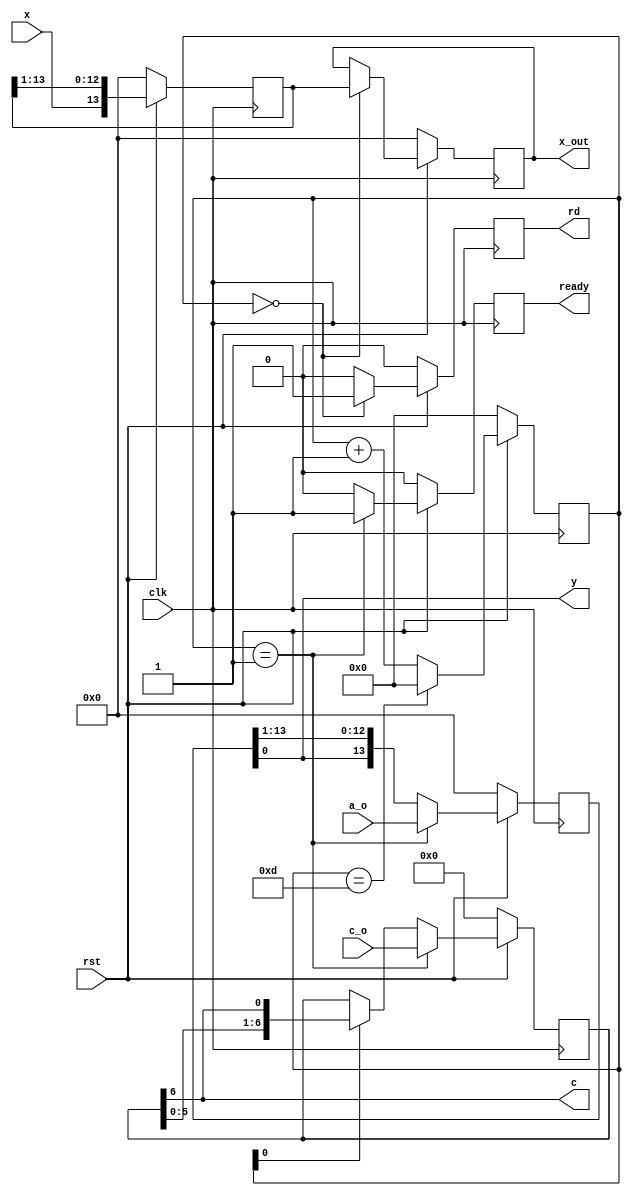
`timescale 1ns / 1ps

module v_con(
    input clk,
	 input rst,
	 input x,
	 input[13:0] a_o,
	 input[6:0] c_o,
	 output y,
	 output c,
	 output [13:0] x_out,
	 output reg rd,
	 output reg ready
    );
reg [13:0] x_t;
reg [13:0] x_t1;
reg [3:0] cnt;
reg [13:0] a_out1;
reg [6:0] c_t;

assign x_out = x_t;

always @(posedge clk) 
begin
  if(!rst) 
	begin //
		x_t <= 0;
		x_t1 <= 0;
		cnt <= 0;
	end
  else 
	begin
	   if(cnt == 4'b1101)
			cnt <= 4'b0000;
		else
		   cnt <= cnt +1;
		x_t1 <= {x,x_t1[13:1]};
		if(cnt == 4'b0000) 
		begin
			x_t <= x_t1;
		end
		else
		   x_t <= x_t;
	end	
end

always @(posedge clk) 
begin
   if(!rst) 
	begin
	  ready <= 0;
	  a_out1 <= 0;
	  c_t <= 0;
	  rd <= 0;
	end
   else 
	begin 
     if(cnt==0)
       rd <= 1;
     else
       rd <= 0;	  
	  if(cnt == 1)
	  begin
	     c_t <= c_o;
		  a_out1 <= a_o;
		  ready <= 1;
	  end
	  else 
	  begin
	     ready <= 0;
		  a_out1[13:0] <= {a_out1[0], a_out1[13:1]};	   //
		  if(cnt[0]==1)                                 //clk_div2
		    c_t[6:0] <={c_t[5:0], c_t[6]};
		  else
		    c_t[6:0] <=c_t[6:0];		    
     end		  
	end
end

assign y = a_out1[0];
assign c = c_t[6];

endmodule